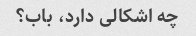
چه اشکالی دارد، باب؟